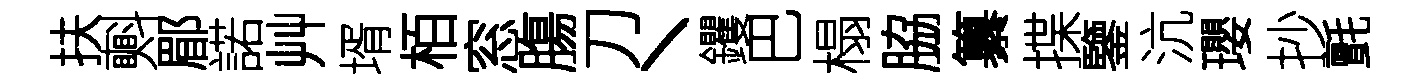
扶㪺郿諾艸壻栢窓膓刀丶钁巴榻脇纂揲鑒沆瓔抄氈